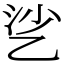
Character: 乷